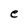
Character: e